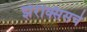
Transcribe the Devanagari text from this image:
झेरेक्सिसचे